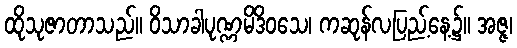
ထိုသုဇာတာသည်။ ဝိသာခါပုဏ္ဏမိဒိဝသေ၊ ကဆုန်လပြည့်နေ့၌။ အဇ္ဇ၊